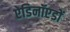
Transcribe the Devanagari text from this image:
ऐडिनॉएडों